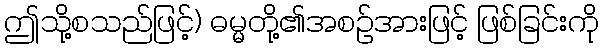
ဤသို့စသည်ဖြင့်) ဓမ္မတို့၏အစဉ်အားဖြင့် ဖြစ်ခြင်းကို